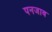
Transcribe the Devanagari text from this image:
पनजाब